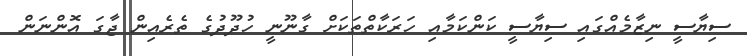
ސިޔާސީ ނިޒާމެއްގައި ސިޔާސީ ކަންކަމާއި ހަރަކާތްތަކަށް ގާނޫނީ ހުދޫދުގެ ތެރެއިން ޖާގަ އޮންނަން